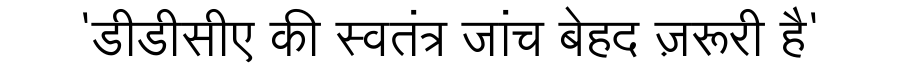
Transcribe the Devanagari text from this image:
'डीडीसीए की स्वतंत्र जांच बेहद ज़रूरी है'